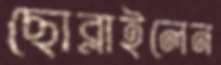
ছোব্‌লাইলেন